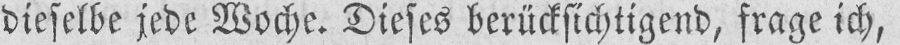
dieselbe jede Woche. Dieses berücksichtigend, frage ich,